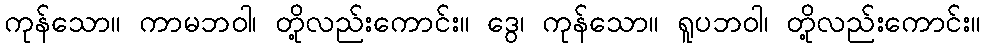
ကုန်သော။ ကာမဘဝါ၊ တို့လည်းကောင်း။ ဒွေ၊ ကုန်သော။ ရူပဘဝါ၊ တို့လည်းကောင်း။